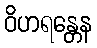
ဝိဟရန္တေန